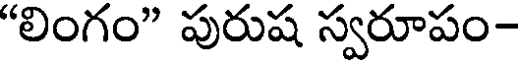
"లింగం" పురుష స్వరూపం-